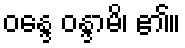
ဝန္ဒေ ဝန္ဒာမိ၊ ၏။